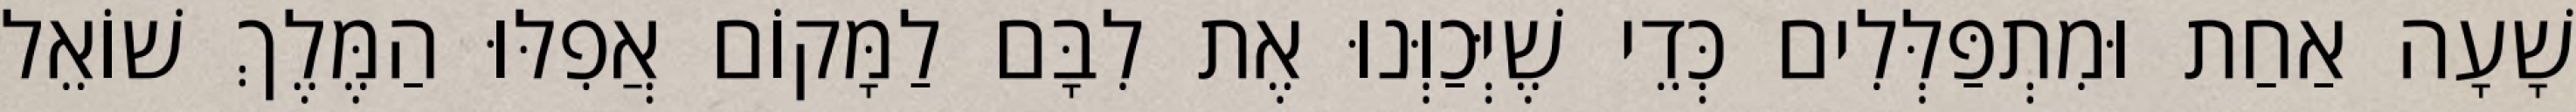
שָׁעָה אַחַת וּמִתְפַּלְּלִים כְּדֵי שֶׁיְּכַוְּנוּ אֶת לִבָּם לַמָּקוֹם אֲפִלּוּ הַמֶּלֶךְ שׁוֹאֵל